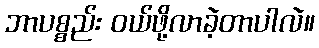
ဘာပစ္စည်း ဝယ်ဖို့လာခဲ့တာပါလဲ။